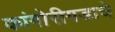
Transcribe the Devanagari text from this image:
कांगोरीगडाचे